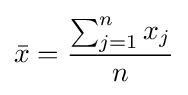
{\bar {x}}={\frac {\sum _{j=1}^{n}x_{j}}{n}}